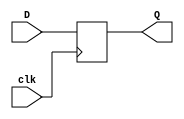
`timescale 1ns / 1ps
//////////////////////////////////////////////////////////////////////////////////
// Company: 
// Engineer: 
// 
// Design Name: 
// Module Name: D_ff
// Project Name: 
// Target Devices: 
// Tool Versions: 
// Description: 
// 
// Dependencies: 
// 
// Revision:
// Revision 0.01 - File Created
// Additional Comments:
// 
//////////////////////////////////////////////////////////////////////////////////


module D_ff(
    input [2:0] D,
    input clk,
    output reg [2:0] Q
    );
    
    always @(posedge clk)
    begin
        Q <= D;
    end
endmodule